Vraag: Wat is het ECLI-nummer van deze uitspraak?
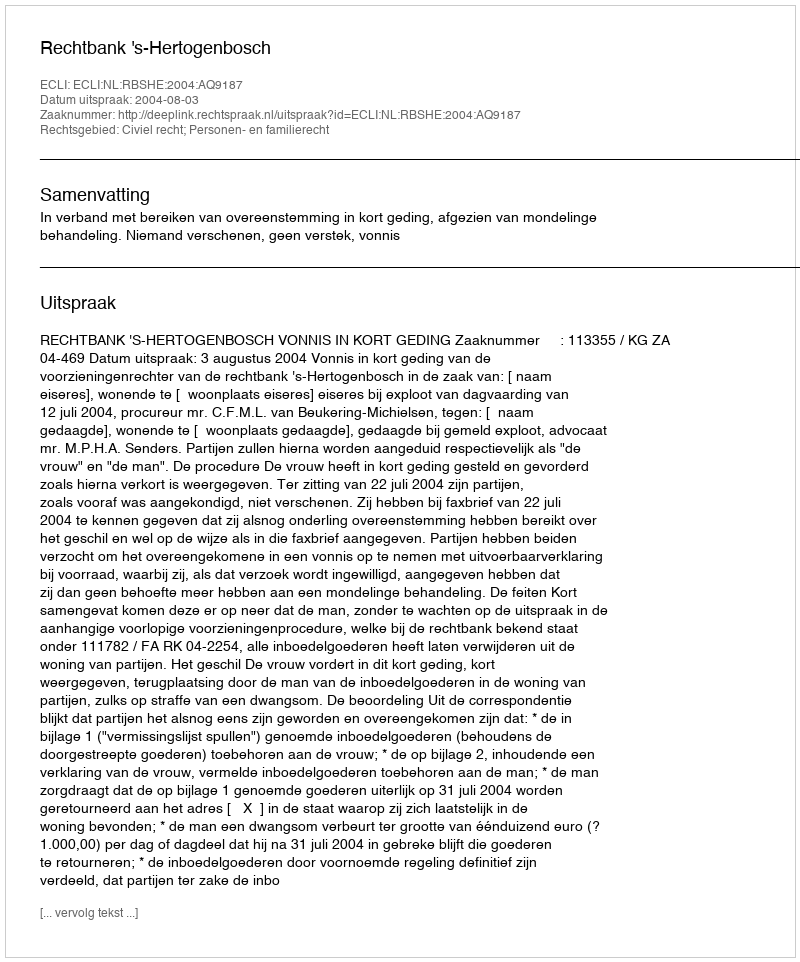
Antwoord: ECLI:NL:RBSHE:2004:AQ9187